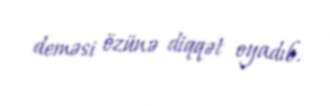
deməsi özünə diqqət oyadıb.